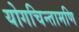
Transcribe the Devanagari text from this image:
योगचिन्तामणि